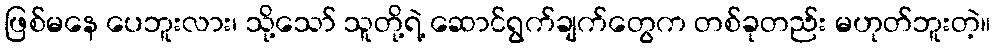
ဖြစ်မနေ ပေဘူးလား၊ သို့သော် သူတို့ရဲ့ ဆောင်ရွက်ချက်တွေက တစ်ခုတည်း မဟုတ်ဘူးတဲ့။